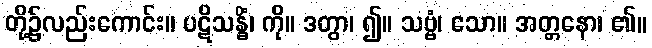
တို့၌လည်းကောင်း။ ပဋိသန္ဓိံ၊ ကို။ ဒတွာ၊ ၍။ သဗ္ဗံ၊ သော။ အတ္တနော၊ ၏။